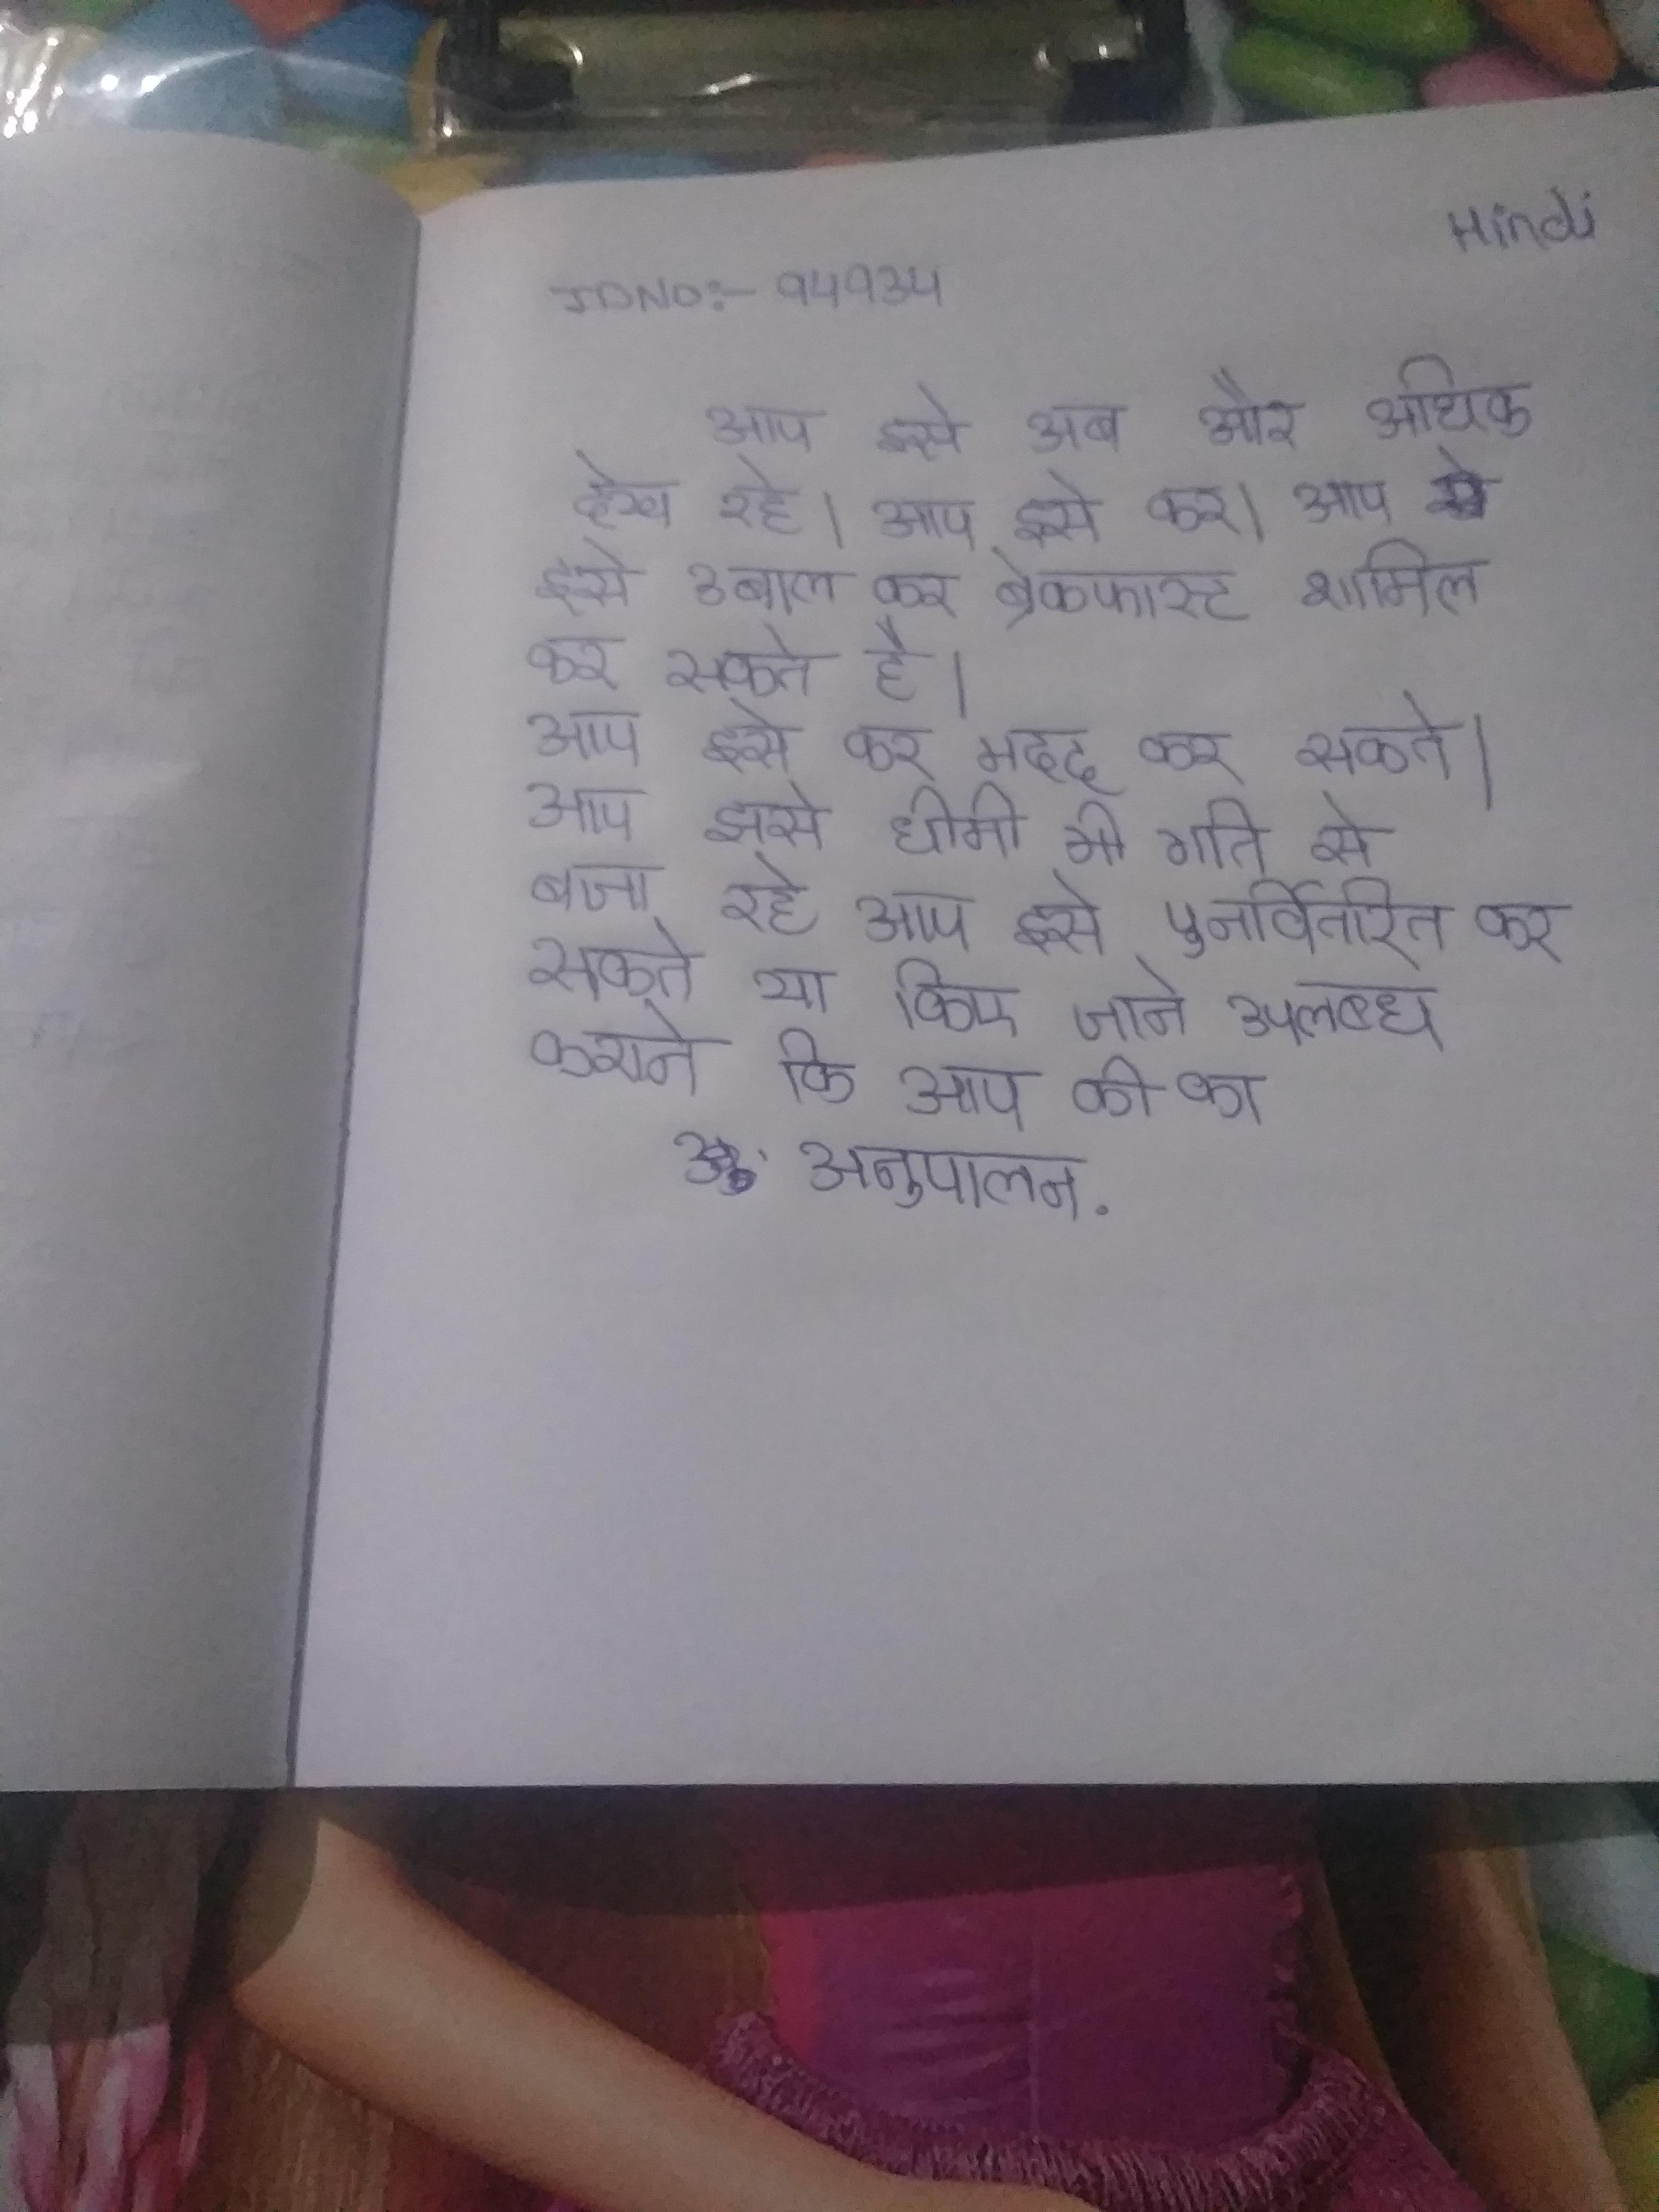
आप इसे अब और अधिक देख रहे । आप इसे कर । आप इसे उबाल कर ब्रेकफास्ट शामिल कर सकते है । आप इसे कर मदद कर सकते । आप इसे मदद कर सकते । आप इसे धीमी गति से बजा रहे आप इसे पुनर्वितरित कर सकते या किए जाने उपलब्ध कराने कि आप की का अनुपालन .